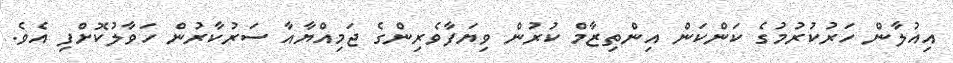
އިއުލާން ހަރުކުރުމުގެ ކަންކަން އިންތިޒާމް ކުރުން ވިޔަފާވެރިންގެ ޖަމިއްޔާއާ ސަރުކާރުން ހަވާލުކޮށްފި އެވެ.